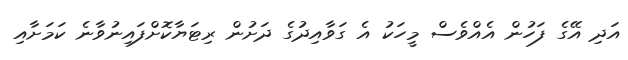
އަދި އޭގެ ފަހުން އެއްވެސް މީހަކު އެ ގަވާއިދުގެ ދަށުން ރިޓަޔާކޮށްފައިނުވާނެ ކަމަށާއި